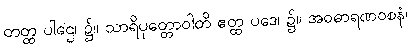
တတ္ထ ပါဌေ၊ ၌။ သာရိပုတ္တောဝါတိ ဧတ္ထ ပဒေ၊ ၌။ အဝဓာရဏဝစနံ၊